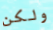
ولكن